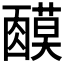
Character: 𬞿